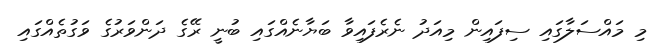
މި މައްސަލާގައި ސިފައިން މިއަދު ނެރެފައިވާ ބަޔާނެއްގައި ބުނީ ރޭގެ ދަންވަރުގެ ވަގުތެއްގައި